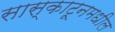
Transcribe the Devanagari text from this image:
सास्काटूनमधील